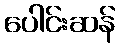
ပေါင်းဆန်